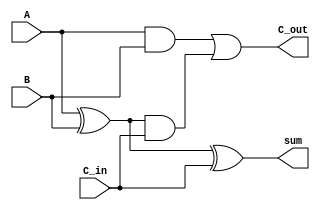
module carry_look_ahead_adder(sum, C_out, A, B, C_in);

input A, B, C_in;
output sum, C_out;
wire P, G;
wire P_and_Cin;

xor (P, A, B);
and (G, A, B);
xor (sum, P, C_in);
and (P_and_Cin, P, C_in);
or (C_out, G, P_and_Cin);

endmodule